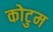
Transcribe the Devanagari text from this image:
कोटुम